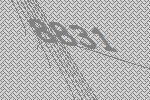
8831